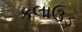
કલાઉડ